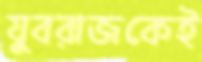
যুবরাজকেই